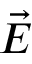
\vec { E }